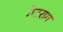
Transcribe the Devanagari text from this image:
गेटराग